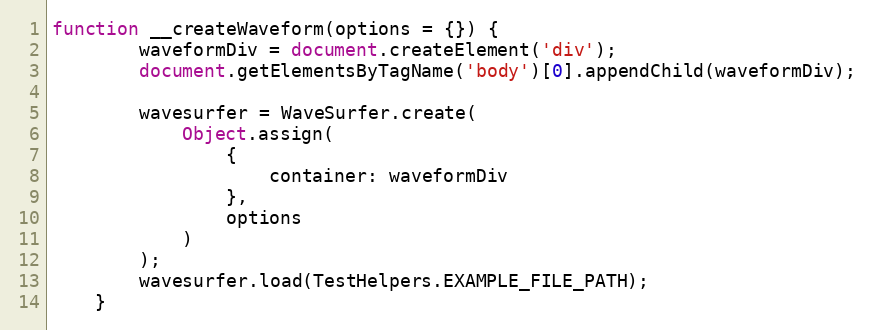
Language: JavaScript
function __createWaveform(options = {}) {
        waveformDiv = document.createElement('div');
        document.getElementsByTagName('body')[0].appendChild(waveformDiv);

        wavesurfer = WaveSurfer.create(
            Object.assign(
                {
                    container: waveformDiv
                },
                options
            )
        );
        wavesurfer.load(TestHelpers.EXAMPLE_FILE_PATH);
    }